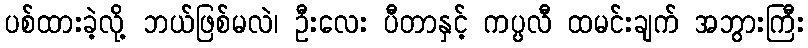
ပစ်ထားခဲ့လို့ ဘယ်ဖြစ်မလဲ၊ ဦးလေး ပီတာနှင့် ကပ္ပလီ ထမင်းချက် အဘွားကြီး